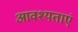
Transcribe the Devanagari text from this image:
आवश्यताएं